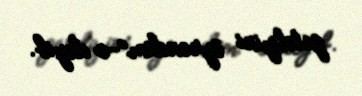
getdiyini öyrəndim”-o deyib.